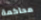
محاكمة